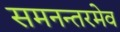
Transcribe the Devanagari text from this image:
समनन्तरमेव